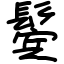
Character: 鬓